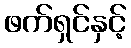
ဖက်ရှင်နှင့်